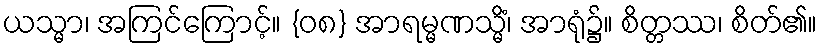
ယသ္မာ၊ အကြင်ကြောင့်။ {၀၈} အာရမ္မဏသ္မိံ၊ အာရုံ၌။ စိတ္တဿ၊ စိတ်၏။